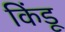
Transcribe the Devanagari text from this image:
किंडू